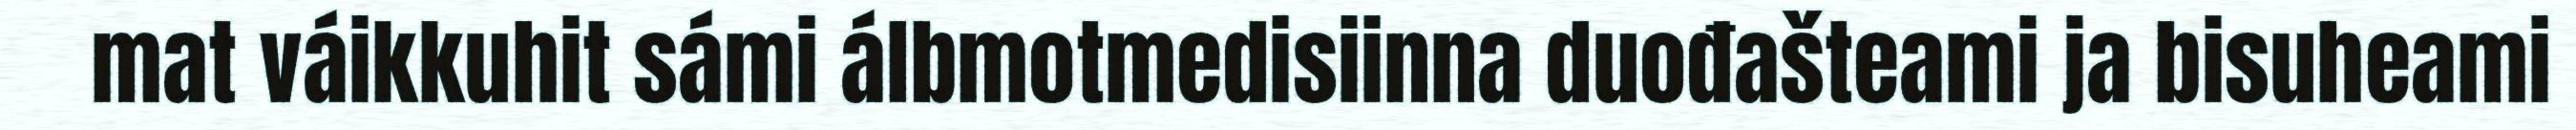
mat váikkuhit sámi álbmotmedisiinna duođašteami ja bisuheami